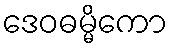
ဒေဝဓမ္မိကော